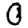
Digit: 0